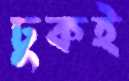
ঢুকই